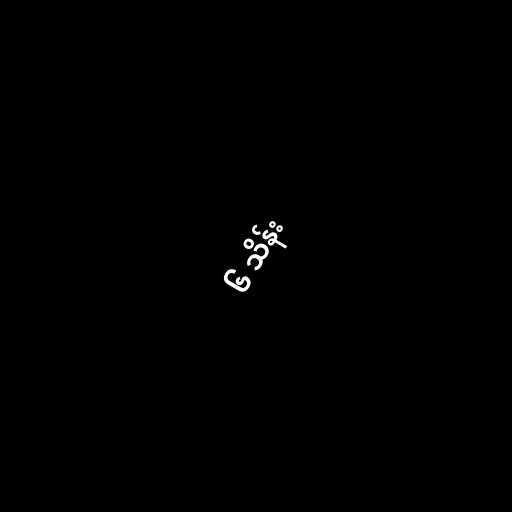
၆ သိန်း